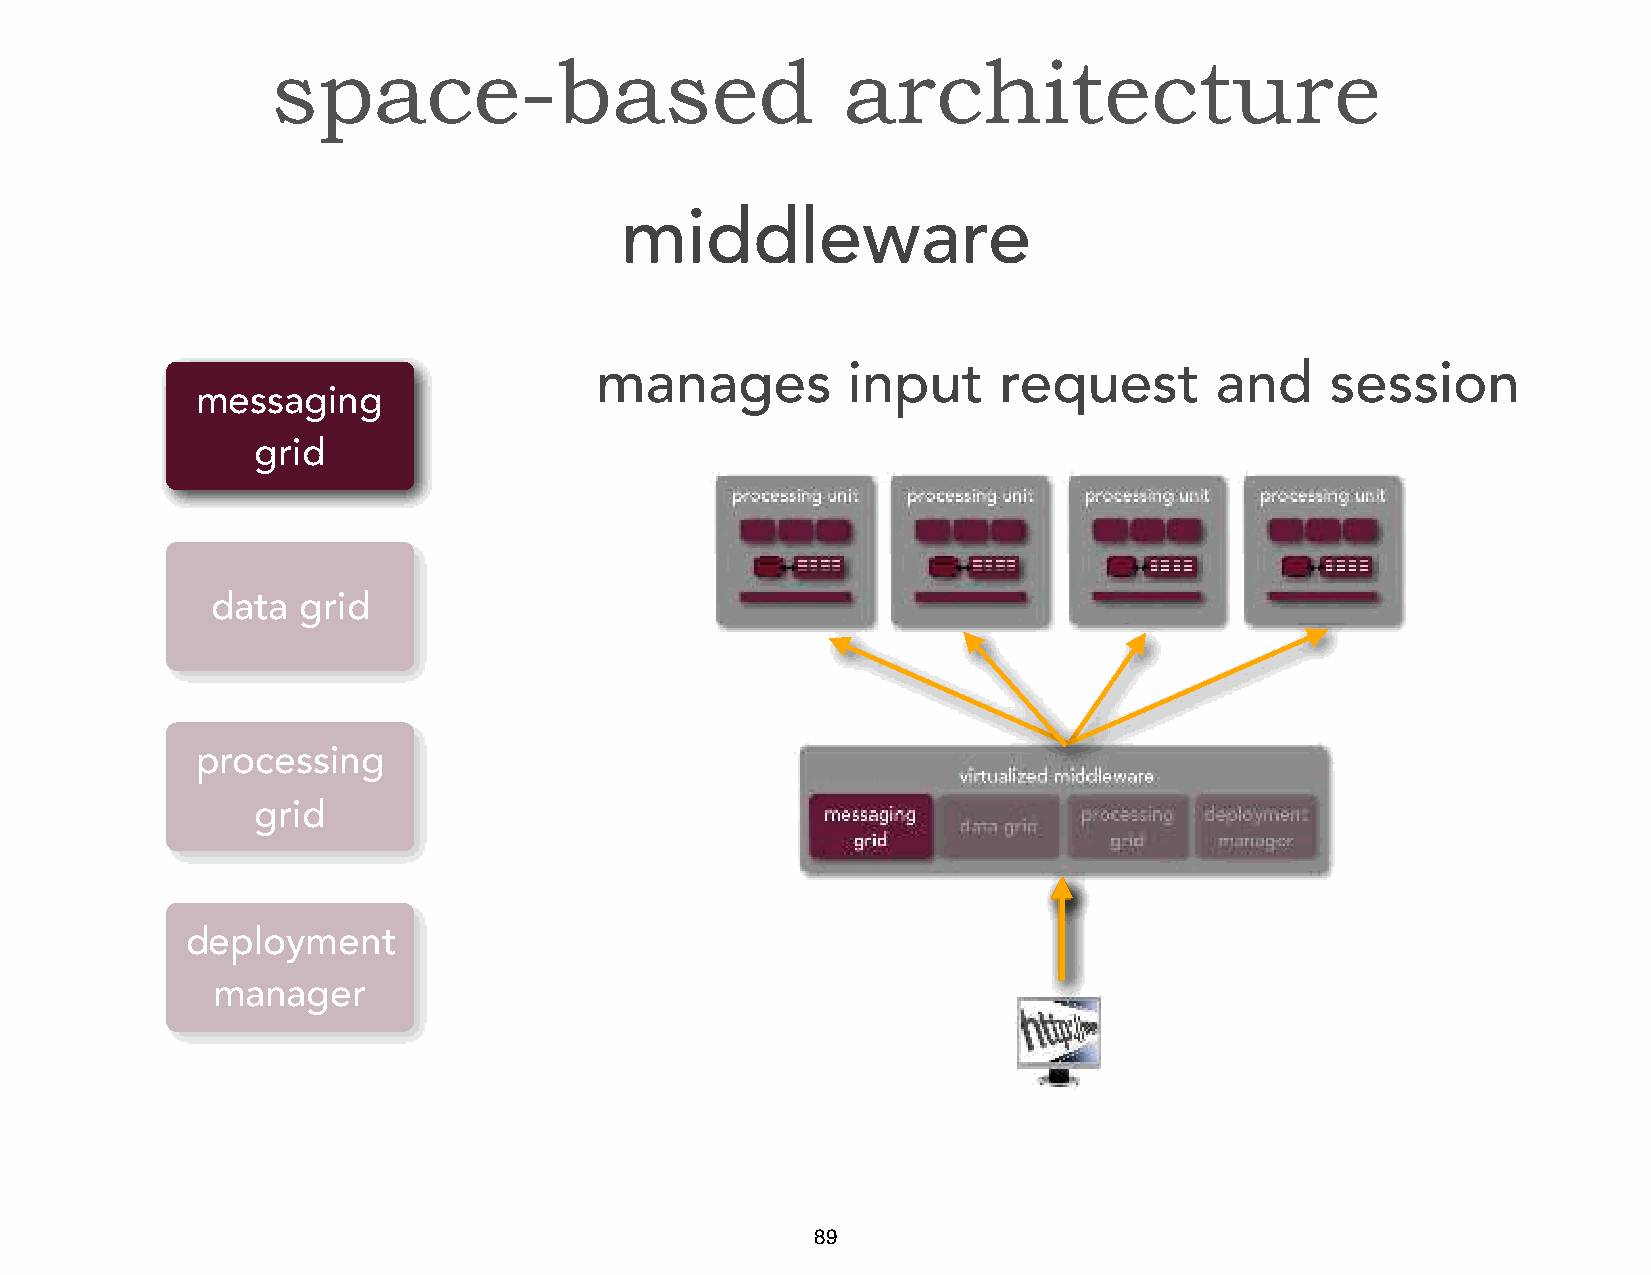
space-based                           architecture
 middleware
 manages          input     request       and     session
 messaging
 grid
 data  grid
 processing
 grid
 deployment
 manager
 89